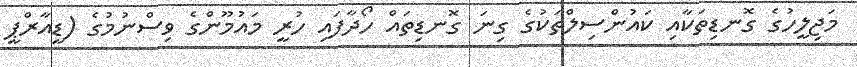
މަޖިލީހުގެ ގޮނޑިތަކާއި ކައުންސިލްތަކުގެ ގިނަ ގޮނޑިތައް ހޯދާފައި ހުރީ މައުމޫންގެ ވިސްނުމުގެ (ޑީއާރްޕީ